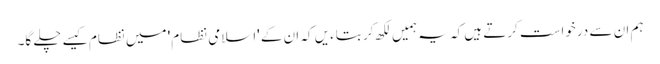
ہم ان سے درخواست کرتے ہیں کہ یہ ہمیں لکھ کر بتاءیں کہ ان کے 'اسلامی نظام' میں نظام کیسے چلے گا۔